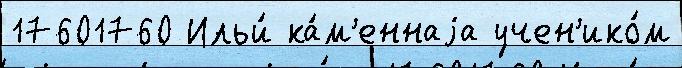
17601760 Ильи́ ка́м'еннаjа учен'ико́м